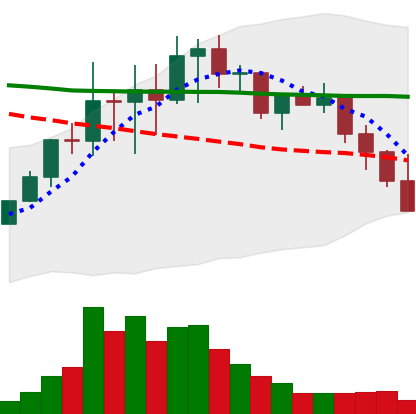
Ticker: LINK-USD
Chart end date: 2022-01-20
Forward return: -23.114%
Label: down_7plus